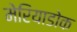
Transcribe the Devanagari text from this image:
मेरियाडोक